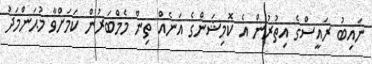
ނައިބު ރައީސްގެ އިތުރުން އެ ކޮމިޝަންގެ އަނެއް ތިން މެމްބަރުން ކަމަށްވާ މުޙަންމަދު